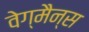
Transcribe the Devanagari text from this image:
वेग्मैन्स